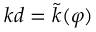
k d = \tilde { k } ( \varphi )